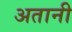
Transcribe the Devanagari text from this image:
अतानी